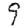
Digit: 9